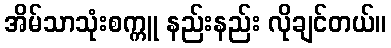
အိမ်သာသုံးစက္ကူ နည်းနည်း လိုချင်တယ်။